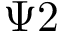
\Psi 2